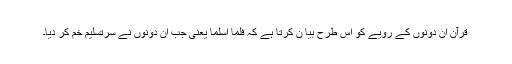
قرآن ان دونوں کے رویے کو اس طرح بیا ن کرتا ہے کہ فلما اسلما یعنی جب ان دونوں نے سرتسلیم خم کر دیا۔